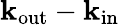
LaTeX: \mathbf k_{\mathrm{out}}-\mathbf k_{\mathrm{in}}